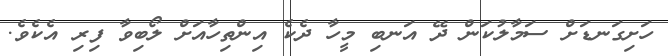
ހަށިގަނޑަށް ސަމާލުކަން ދޭ އަނބި މީހާ ދެކެ އިންތިހާއަށް ލޯބިވާ ފިރި އެކެވެ.